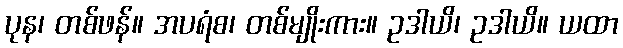
ပုန၊ တစ်ဖန်။ အပရံစ၊ တစ်မျိုးကား။ ဥဒါယိ၊ ဥဒါယိ။ ယထာ